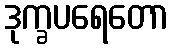
ဒုက္ခပရေတော